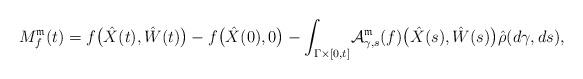
LaTeX: \begin{align*}M_{f}^{\mathfrak{m}}(t) = f\bigl(\hat{X}(t),\hat{W}(t)\bigr) - f\bigl(\hat{X}(0),0\bigr) - \int_{\Gamma\times[0,t]}\! \mathcal{A}^{\mathfrak{m}}_{\gamma,s}(f)\bigl(\hat{X}(s),\hat{W}(s)\bigr)\hat{\rho}(d\gamma,ds),\end{align*}